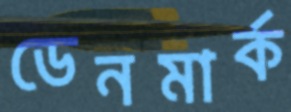
ডেনমার্ক